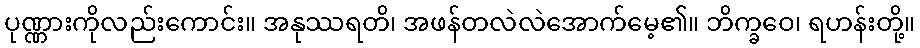
ပုဏ္ဏားကိုလည်းကောင်း။ အနုဿရတိ၊ အဖန်တလဲလဲအောက်မေ့၏။ ဘိက္ခဝေ၊ ရဟန်းတို့။